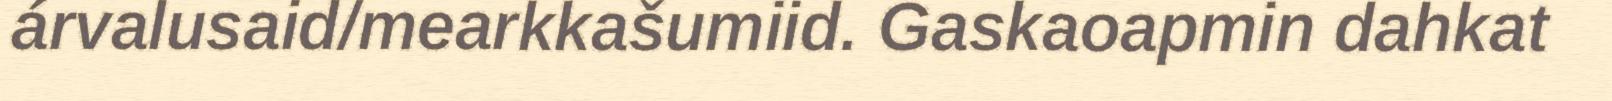
árvalusaid/mearkkašumiid. Gaskaoapmin dahkat